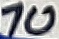
Text: 10